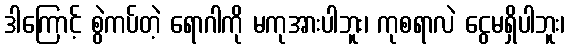
ဒါကြောင့် စွဲကပ်တဲ့ ရောဂါကို မကုအားပါဘူး၊ ကုစရာလဲ ငွေမရှိပါဘူး၊